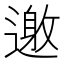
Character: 𨖟